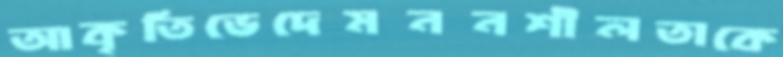
আকৃতিভেদেমননশীলতাকে